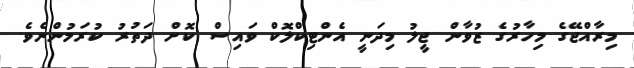
މިރާއްޖޭގެ މިހާރުގެ ޒުވާން ޖީލު މިދަނީ އެންޓިކްލޮކް ވައިސް ކޮށް ދަތުރު ކުރަމުންނެވެ.